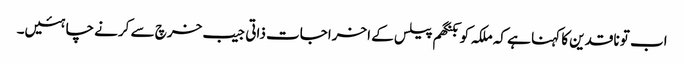
اب تو ناقدین کا کہنا ہے کہ ملکہ کو بکنگھم پیلس کے اخراجات ذاتی جیب خرچ سے کرنے چاہئیں۔